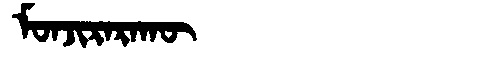
Manchu: ᠮᠣᠨᠵᡳᡵᠠᡵᠠᡴᡡ
Romanization: MONJIRARAKŪ